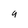
Character: 9